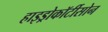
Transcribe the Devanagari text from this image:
हाइड्रोकॉर्टीसोन